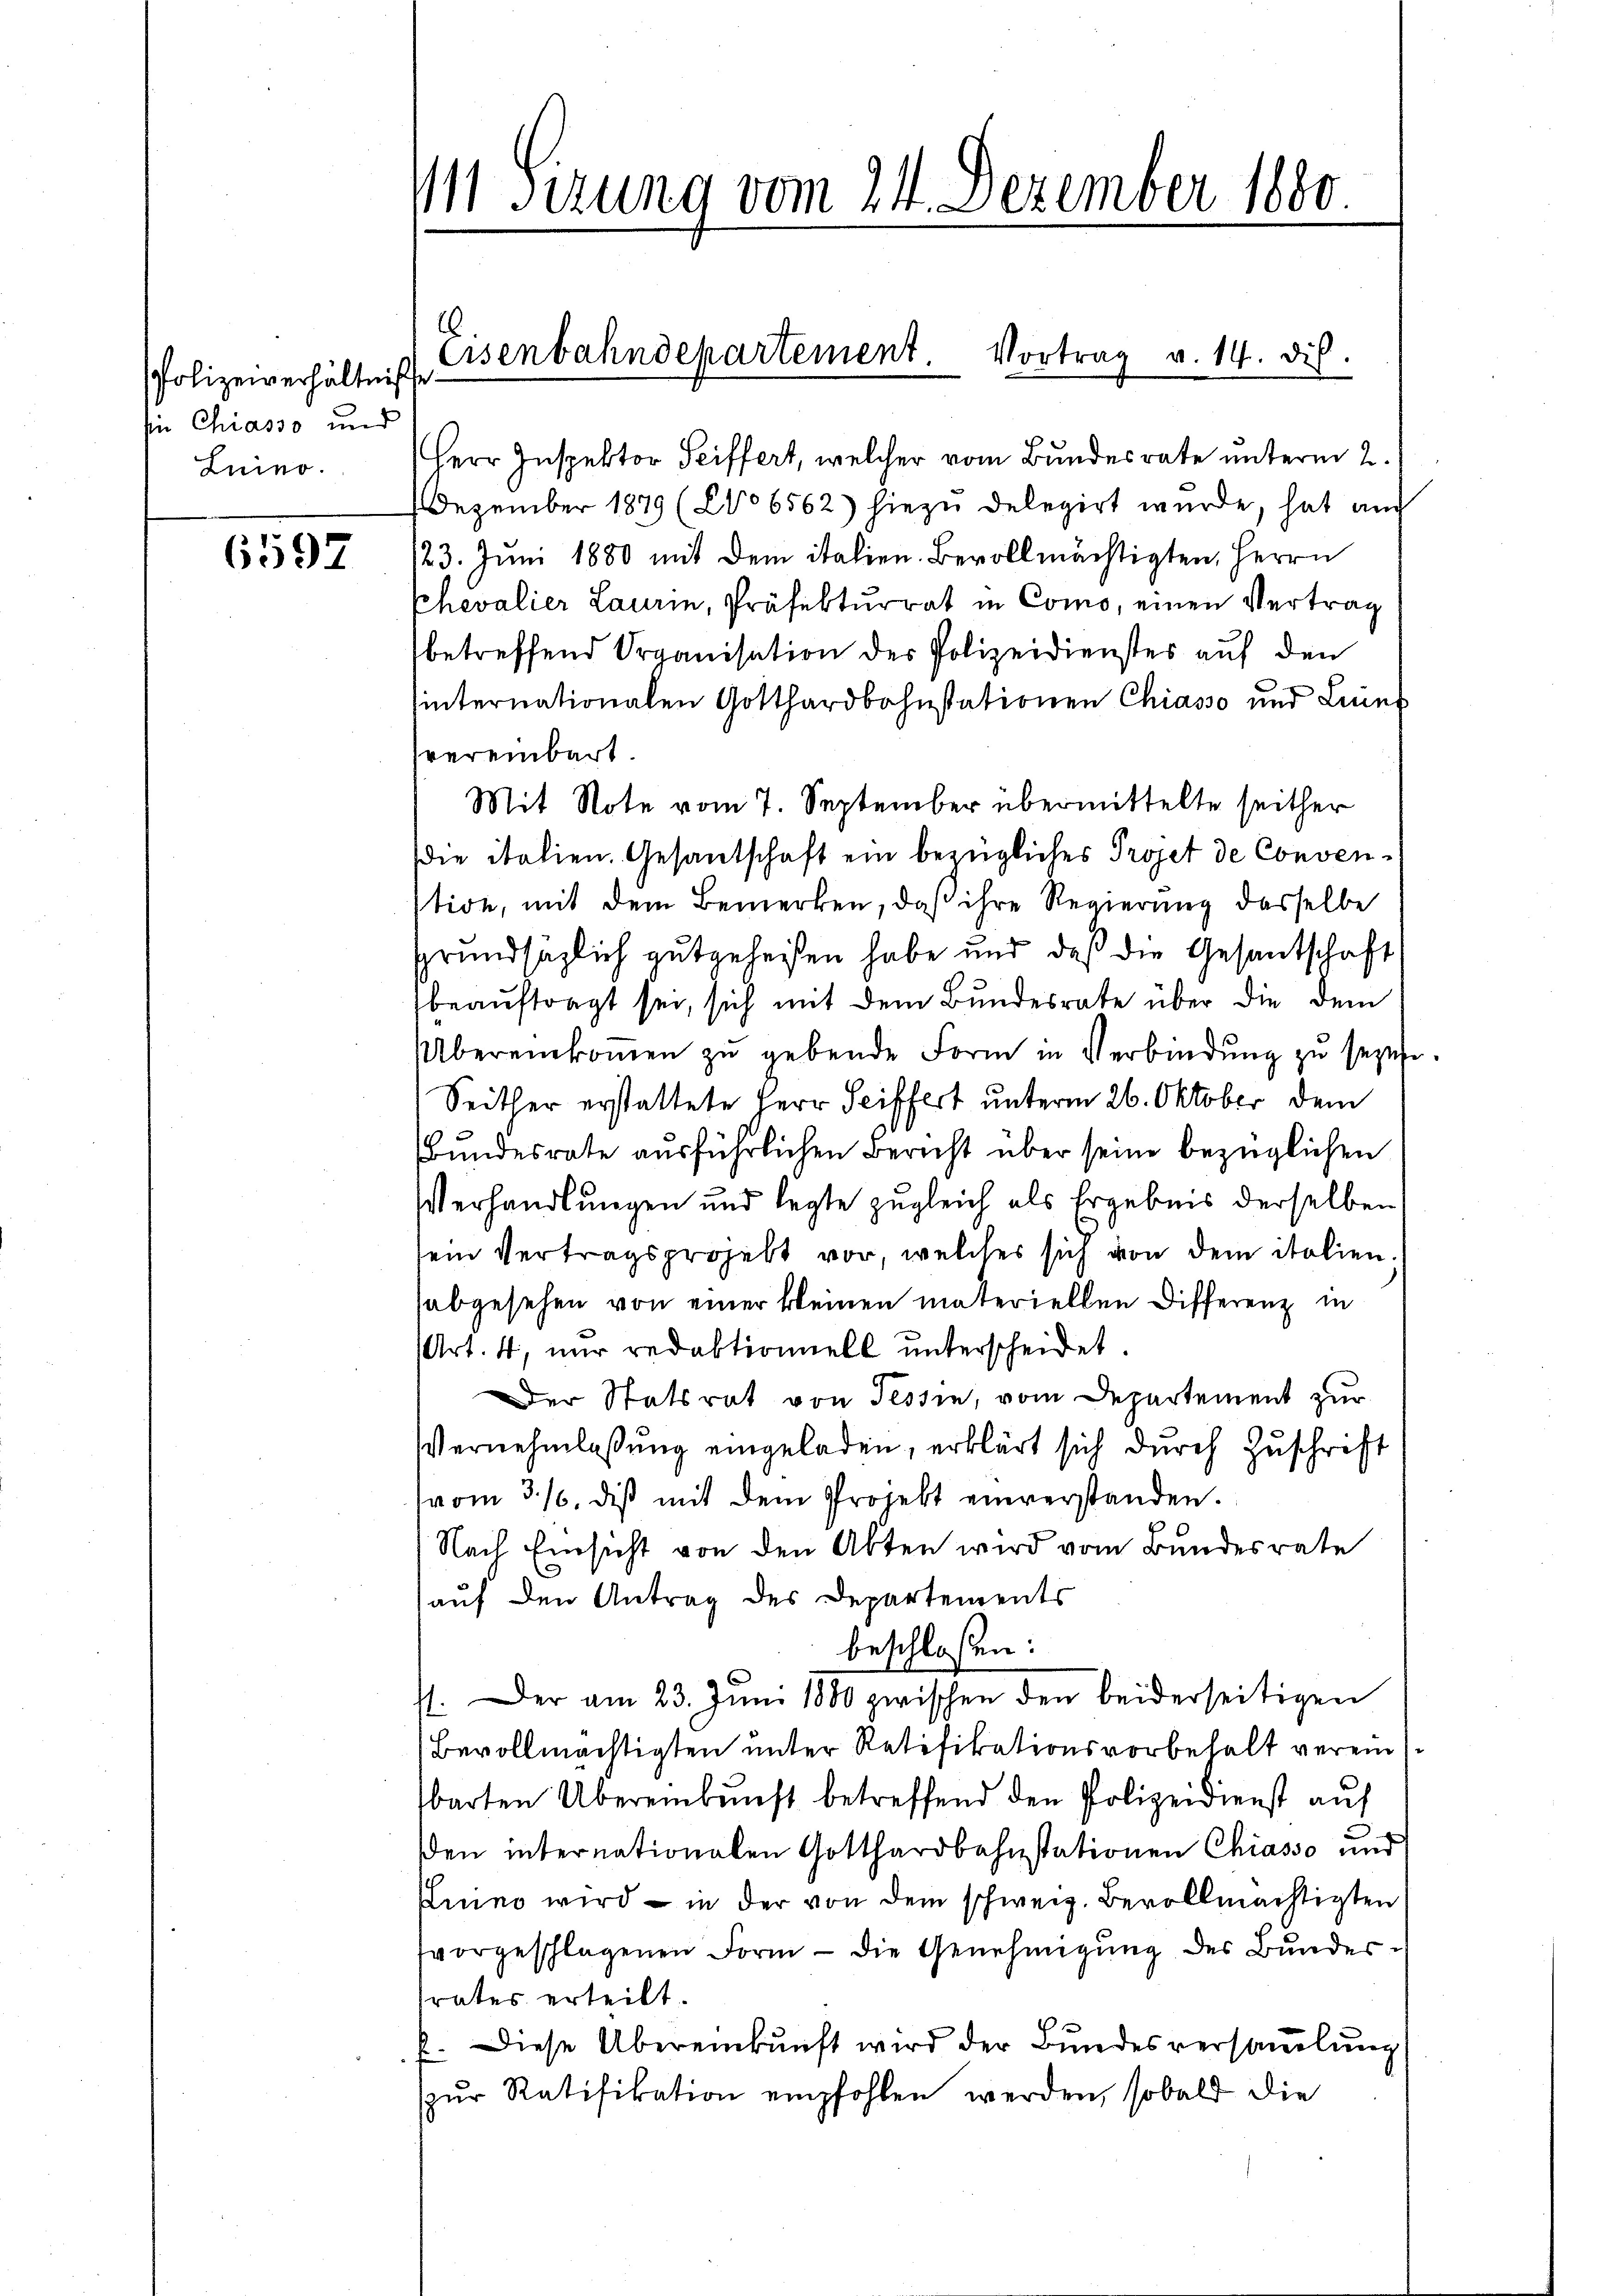
Polizeiverhältniß
sin Chiasso und
Luino.

6592

¼ Sizung vom 24. Dezember 1880

.

Herr Inspektor Seiffert, welcher vom Bundesrate unterm 2.
Dezember 1879 (2006562) hiezu delegirt wurde, hat auch
23. Juni 1880 mit dem italien. Bevollmächtigten, Herrn
Chevalier Laurin, Präfektŭrrat in Como, einen Vertrag
betreffend Organisation der Polizeidienstes auf den
internationalen Gotthardbahnstationen Chiasso und Liner
vereinbart
Mit Note vom 7. September übermittelte seither
die italien. Gesantschaft ein bezügliches Projet de Convention, mit dem Bemerken, daß ihre Regierung dasselbe
grundsaglich gutgeheißen habe und daß die Gesantschaft
beauftragt sei, sich mit dem Bundesrate über die dem
Übereinkommen zŭ gebende Form in Verbindŭng zu sezese
Seither erstattete Herr Seiffert unterm 26. Oktober dem
Bundesrate ausführlichen Bericht über seine bezüglichen
Verhandlungen und legte zugleich als Ergebnis derselben,
sein Vertragsprojekt vor, welches sich von dem italien.
abgesehen von einer kleinen materiellen Differenz in
(Art. 4, nur redaktionnell unterscheidet.
Der Statsrat von Tessin, vom Departement zur
Vernehmlassung eingeladen, erklärt sich durch Zuschrift
vom 3. 16. diβ mit dem Projekt einverstanden.
Nach Einsicht von den Akten wird vom Bundesrate
auf den Antrag des Departements
beschloßen:
1. Der am 23. Juni 1880 zwischen den beiderseitigen
Bevollmächtigten unter Ratifikationsvorbehalt verein
barten Übereinkunft betreffend den Polizeidienst auf
sden internationalen Gotthardbahnstationen Chiasso und
Kuino wird – in der von dem schweiz. Bevollmächtigten
fvorgeschlagenen Form – die Genehmigung des Bundesrates erteilt.
E. Diese Übereinkunft wird der Bundesversammlung
zŭr Ratifikation empfohlen werden, sobald die

Eisenbahndepartement. Vortrag v. 14. dis.